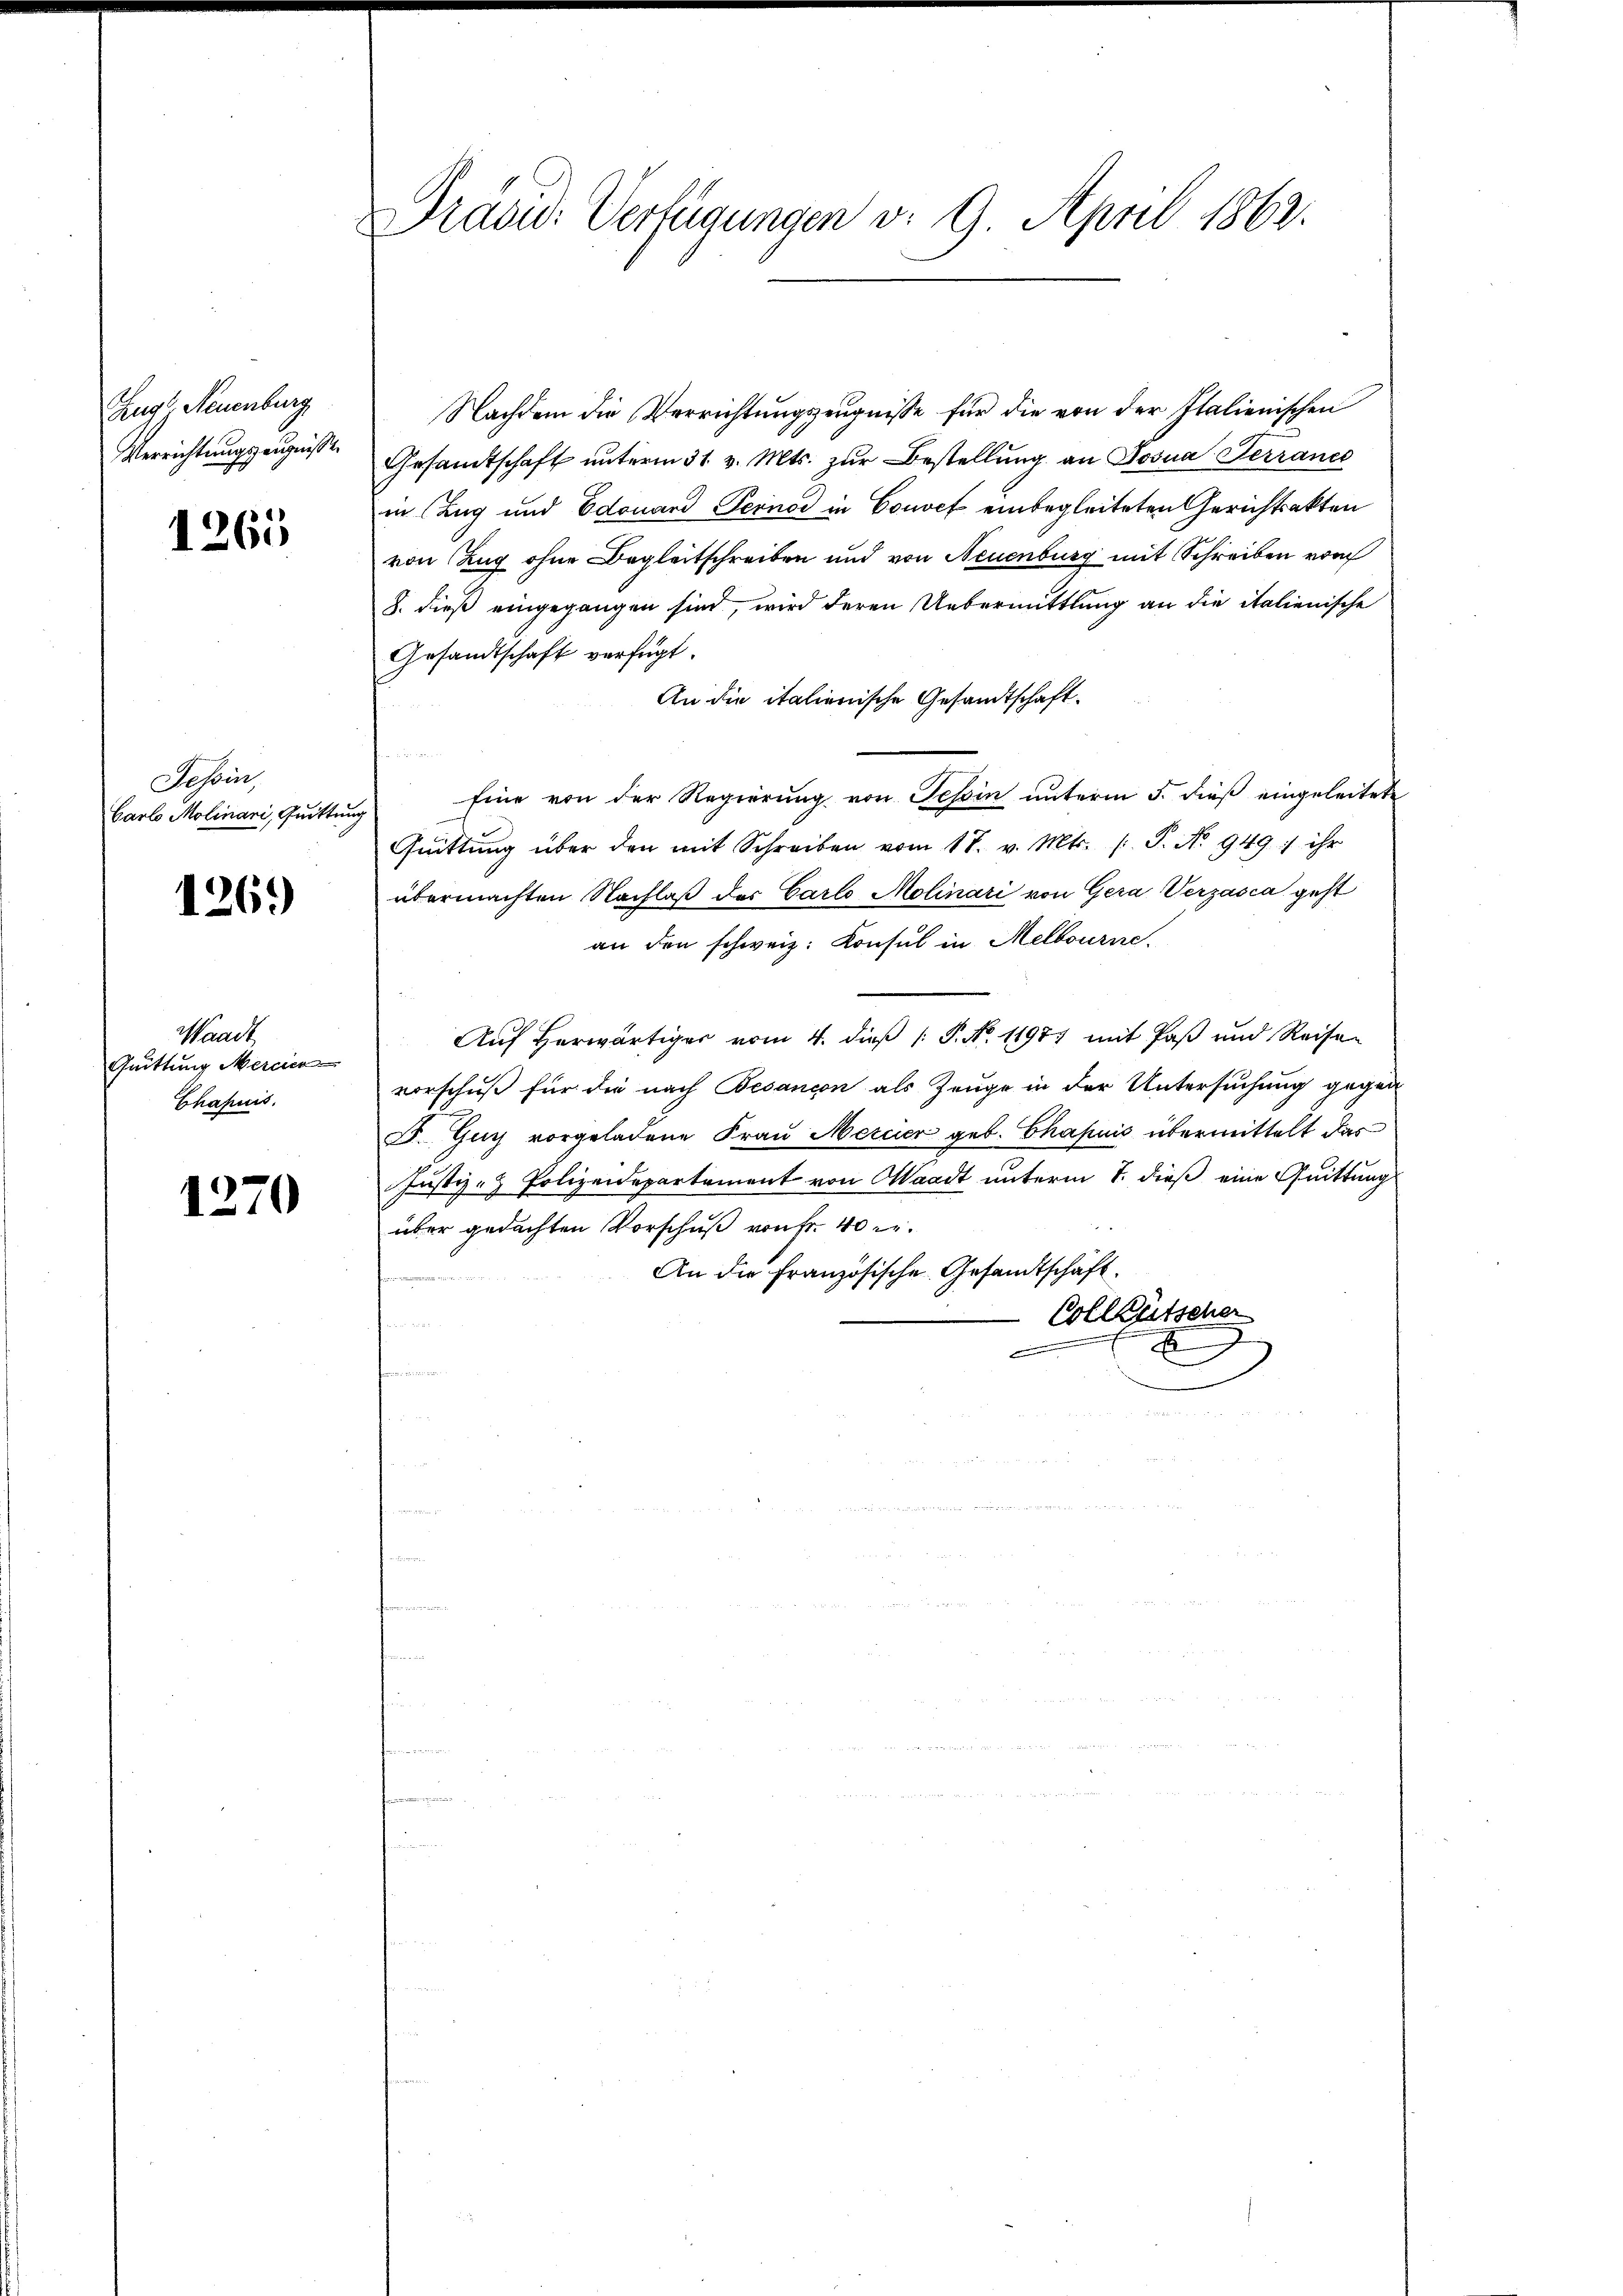
Zug, Neuenburg
Verrichtungszeugniße

1265

Tessin,
Carlo Molinari, Quittun

1261)

Waadt
Quittung Mercien
Chahnis.

1270

Präsid. Verfügungen v. 9. April 1862.

Nachdem die Verrichtungszeugnisse für die von der Italienischen
Gesamtschaft unterm 31. v. Mts. zur Bestellung an Josua Terrance
in Zug und Edouard Pernod in Convef einbegleiteten Gerichtsakten
von Zug ohne Begleitschreiben und von Neuenburg mit Schreiben vom
8. dieß eingegangen sind, wird deren Uebermittlung an die italienische
Gesandtschaft verfügt.
An die italienische Gesandtschaft.
Eine von der Regierung von Tessin unterm 5. dieß eingeleitete
Quittung über den mit Schreiben vom 18. v. Mts. (T. No. 949 ihr
übermachten Nachlaß der Carlo Molinari von Gera Verzasca geht
an den schweiz. Konsul in Melbourne.
Auf herwärtiger vom 4. dieß (: P. No. 11977 mit Paß und Reisen
vorschuß für die nach Besancon als Zeuge in der Untersuchung gegen
J. Guy vorgeladene Frau Mercier geb. Chapuis übermittelt das
Justiz- & Polizeidepartement von Waadt unterm 7. dieß eine Quittung
über gedachten Vorschuß von Fr. 40 er
An die Französische Gesandtschaft.
Vollzütscher
.